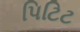
પિટિટ